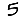
Digit: 5